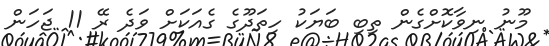
މޫނު ނިވާކޮށްގެން ތިބި ބަޔަކު ހިތަދޫގެ ގެއަކަށް ވަދެ ރޭ 11 ޖަހަން